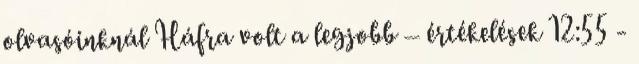
olvasóinknál Háfra volt a legjobb – értékelések 12:55 -